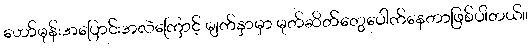
ဟော်မုန်းအပြောင်းအလဲကြောင့် မျက်နှာမှာ မုတ်ဆိတ်တွေပေါက်နေတာဖြစ်ပါတယ်။